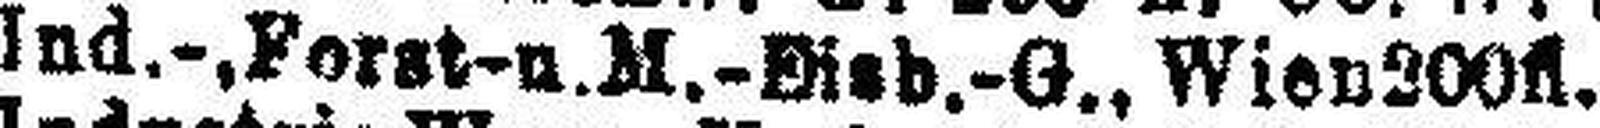
Ind.-Forst- u. M.-Eisb.-G., Wien 200fl.